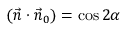
( \vec { n } \cdot \vec { n } _ { 0 } ) = \cos 2 \alpha